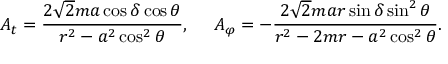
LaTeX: A _ { t } = { \frac { 2 \sqrt { 2 } m a \cos \delta \cos \theta } { r ^ { 2 } - a ^ { 2 } \cos ^ { 2 } \theta } } , \ \ \ \ A _ { \varphi } = - { \frac { 2 \sqrt { 2 } m a r \sin \delta \sin ^ { 2 } \theta } { r ^ { 2 } - 2 m r - a ^ { 2 } \cos ^ { 2 } \theta } } .